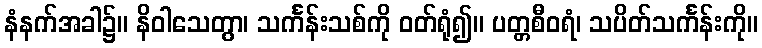
နံနက်အခါ၌။ နိဝါသေတွာ၊ သင်္ကန်းသစ်ကို ဝတ်ရုံ၍။ ပတ္တစီဝရံ၊ သပိတ်သင်္ကန်းကို။